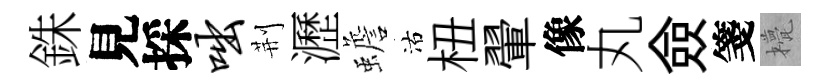
銖見採咄荆瀝蟾沽杻翬像丸僉箋甍